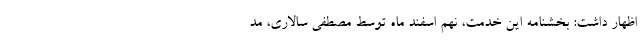
اظهار داشت: بخشنامه این خدمت، نهم اسفند ماه توسط مصطفی سالاری، مد